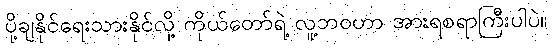
ပို့ချနိုင်ရေးသားနိုင်လို့ ကိုယ်တော်ရဲ့ လူ့ဘဝဟာ အားရစရာကြီးပါပဲ။